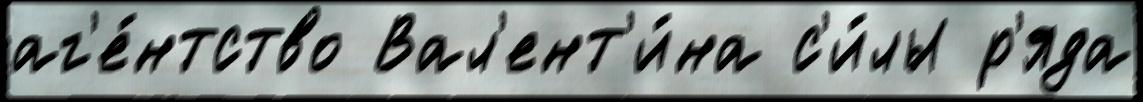
аг'е́нтство Вал'ент'и́на с'и́лы р'яда